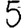
Digit: 5